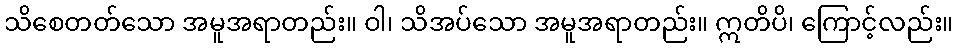
သိစေတတ်သော အမူအရာတည်း။ ဝါ၊ သိအပ်သော အမူအရာတည်း။ ဣတိပိ၊ ကြောင့်လည်း။